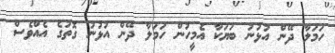
ހަމަލާ ދޭން އުޅުނު ބަޔަކާ އެމީހުން ހަމަލާ ދޭން އުޅުނު ގޮތުގެ އެއްވެސް